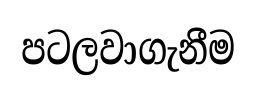
පටලවාගැනීම